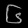
Digit: ၆